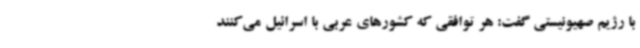
با رژیم صهیونیستی گفت: هر توافقی که کشورهای عربی با اسرائیل می‌کنند